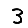
Digit: 3